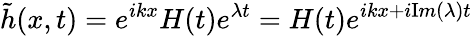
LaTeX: \tilde{h}(x,t)=e^{ikx}H(t)e^{\lambda t}=H(t)e^{ikx+i{\mathrm{I}m}(\lambda)t}